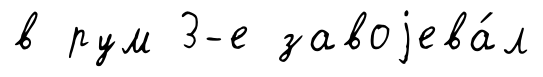
в рум 3-е завоjева́л